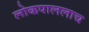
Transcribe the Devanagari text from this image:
लोकपाललाच